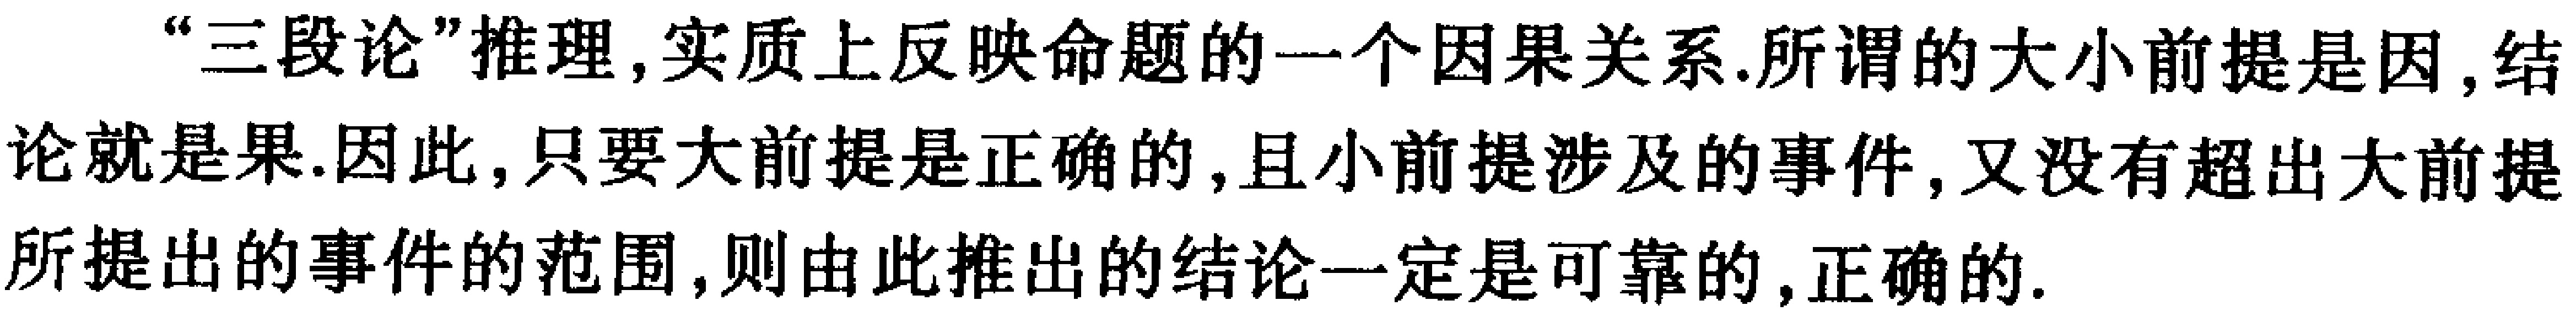
“三段论”推理,实质上反映命题的一个因果关系.所谓的大小前提是因,结论就是果.因此,只要大前提是正确的,且小前提涉及的事件,又没有超出大前提所提出的事件的范围,则由此推出的结论一定是可靠的,正确的.